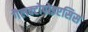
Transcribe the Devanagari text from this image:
गैलक्टोपोइएसिस